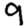
Digit: 9